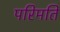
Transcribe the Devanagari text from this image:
परिमति